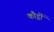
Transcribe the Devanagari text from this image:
कौर्ड्री